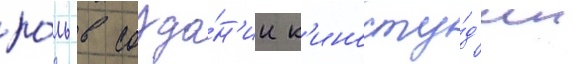
ро́ль в созда́н'ии к'иносту́д'ии